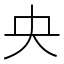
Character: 央